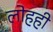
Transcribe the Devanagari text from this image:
लोहही